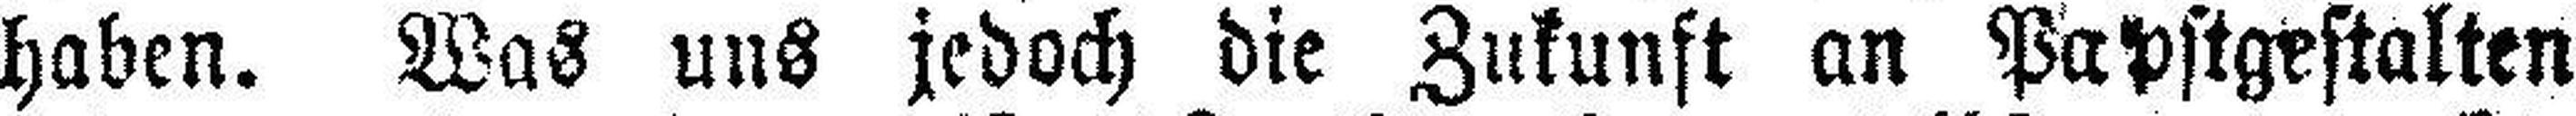
haben. Was uns jedoch die Zukunft an Papstgestalten